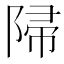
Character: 𨺜